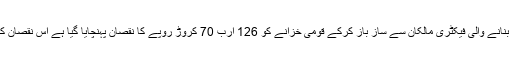
25 مئی2018ء) ایف بی آر حکام کی طرف سے سگریٹ بنانے والی فیکٹری مالکان سے ساز باز کرکے قومی خزانے کو 126 ارب 70 کروڑ روپے کا نقصان پہنچایا گیا ہے اس نقصان کی ذمہ داری ایف بی آر کے کرپٹ مافیا پر عائد ہوتی ہے ۔